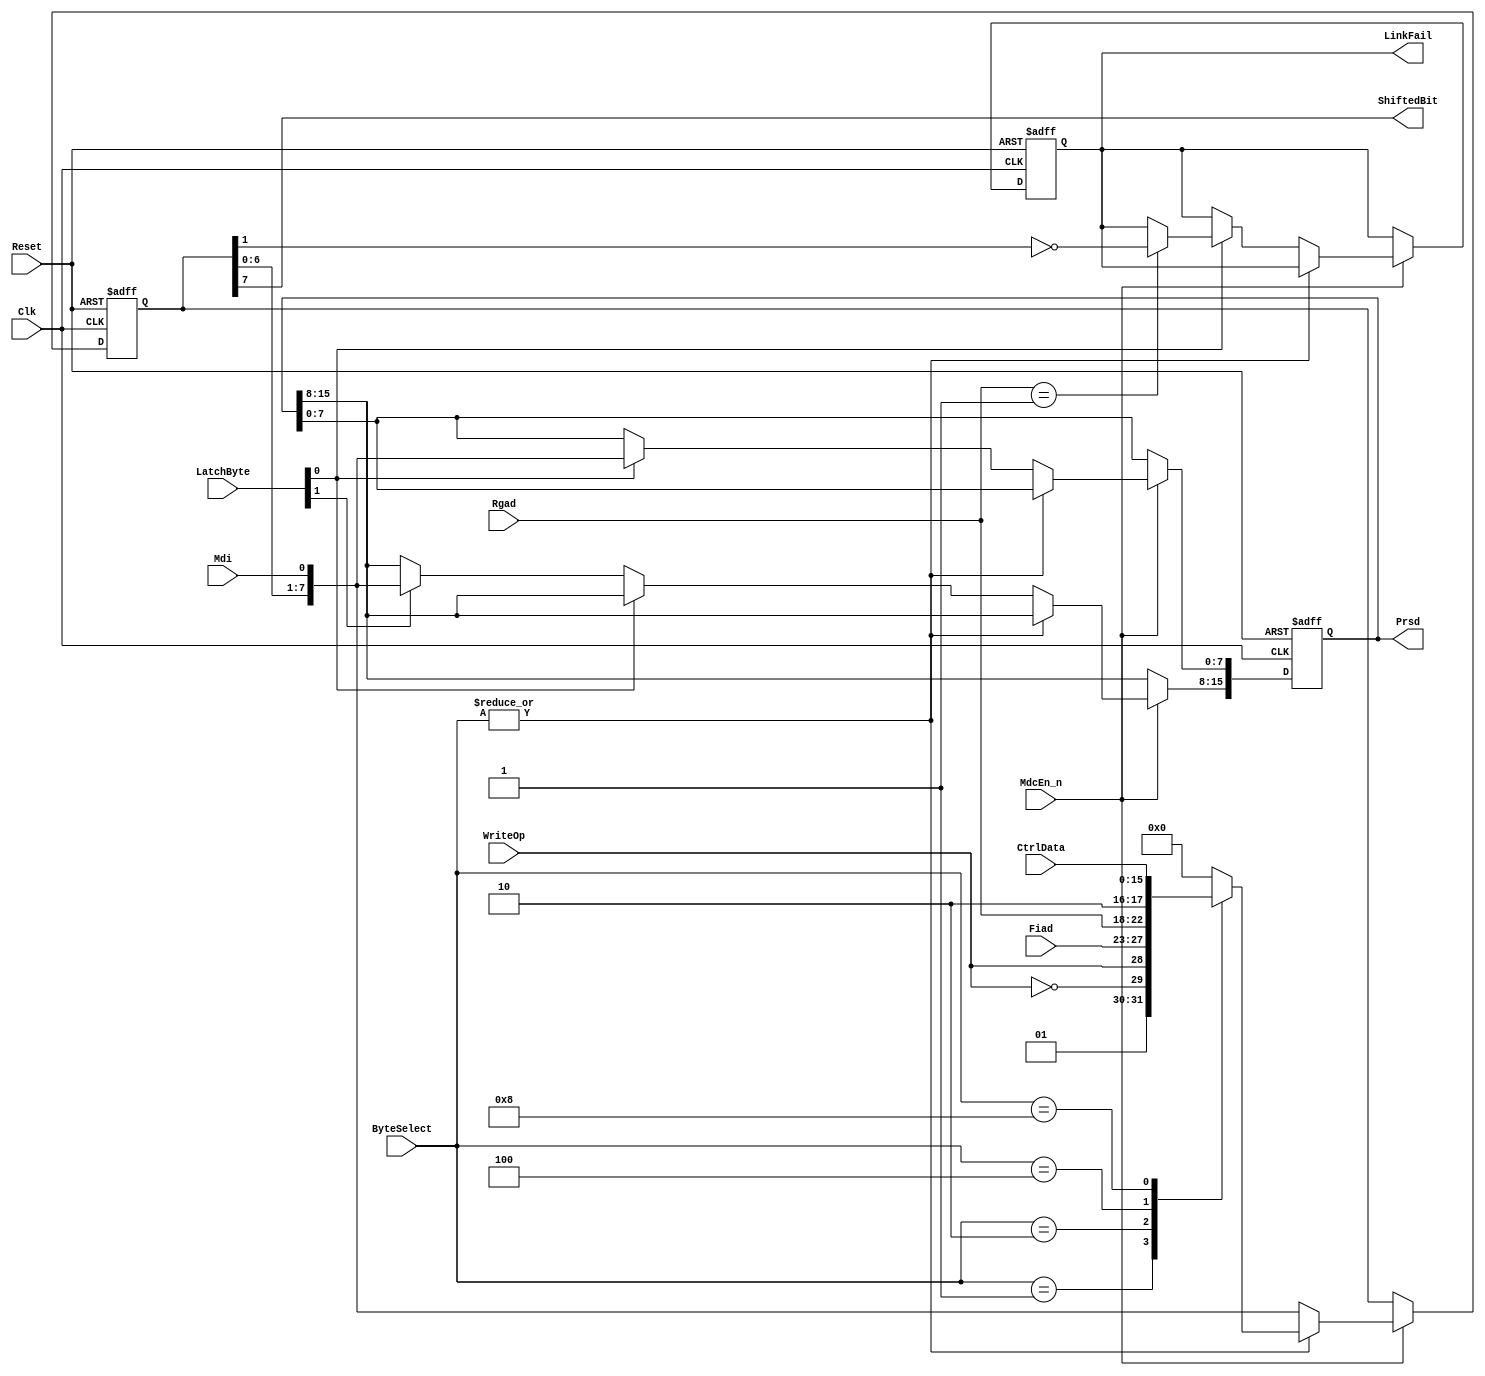
module eth_shiftreg_1(Clk, Reset, MdcEn_n, Mdi, Fiad, Rgad, CtrlData, WriteOp, ByteSelect, 
                    LatchByte, ShiftedBit, Prsd, LinkFail);
parameter Tp=1;
input       Clk;              
input       Reset;            
input       MdcEn_n;          
input       Mdi;              
input [4:0] Fiad;             
input [4:0] Rgad;             
input [15:0]CtrlData;         
input       WriteOp;          
input [3:0] ByteSelect;       
input [1:0] LatchByte;        
output      ShiftedBit;       
output[15:0]Prsd;             
output      LinkFail;         
reg   [7:0] ShiftReg;         
reg   [15:0]Prsd;
reg         LinkFail;
always @ (posedge Clk or posedge Reset) 
begin
  if(Reset)
    begin
      ShiftReg[7:0] <= #Tp 8'h0;
      Prsd[15:0] <= #Tp 16'h0;
      LinkFail <= #Tp 1'b0;
    end
  else
    begin
      if(MdcEn_n)
        begin 
          if(|ByteSelect)
            begin
              case (ByteSelect[3:0])
                4'h1 :    ShiftReg[7:0] <= #Tp {2'b01, ~WriteOp, WriteOp, Fiad[4:1]};
                4'h2 :    ShiftReg[7:0] <= #Tp {Fiad[0], Rgad[4:0], 2'b10};
                4'h4 :    ShiftReg[7:0] <= #Tp CtrlData[15:8];
                4'h8 :    ShiftReg[7:0] <= #Tp CtrlData[7:0];
                default : ShiftReg[7:0] <= #Tp 8'h0;
              endcase
            end 
          else
            begin
              ShiftReg[7:0] <= #Tp {ShiftReg[6:0], Mdi};
              if(LatchByte[0])
                begin
                  Prsd[7:0] <= #Tp {ShiftReg[6:0], Mdi};
                  if(Rgad == 5'h01)
                    LinkFail <= #Tp ~ShiftReg[1];  
                end
              else
                begin
                  if(LatchByte[1])
                    Prsd[15:8] <= #Tp {ShiftReg[6:0], Mdi};
                end
            end
        end
    end
end
assign ShiftedBit = ShiftReg[7];
endmodule